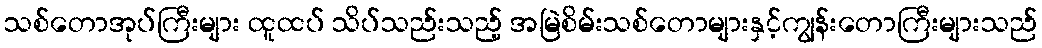
သစ်တောအုပ်ကြီးများ ထူထပ် သိပ်သည်းသည့် အမြဲစိမ်းသစ်တောများနှင့်ကျွန်းတောကြီးများသည်